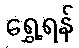
ရွှေ့ရန်